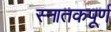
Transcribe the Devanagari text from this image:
स्नातकपूर्ण